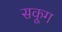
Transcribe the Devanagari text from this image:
सकूग